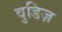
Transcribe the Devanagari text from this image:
वुडिज़